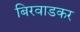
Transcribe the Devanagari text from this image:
बिरवाडकर